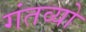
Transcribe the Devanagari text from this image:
गंतव्यो